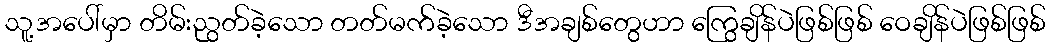
သူ့အပေါ်မှာ တိမ်းညွတ်ခဲ့သော တတ်မက်ခဲ့သော ဒီအချစ်တွေဟာ ကြွေချိန်ပဲဖြစ်ဖြစ် ဝေချိန်ပဲဖြစ်ဖြစ်